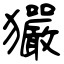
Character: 玁